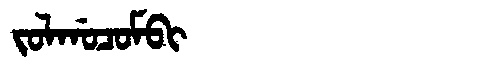
Manchu: ᠵᠣᠯᡤᠣᠴᠣᠮᠪᡳ
Romanization: JOLGOCOMBI